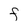
Character: f